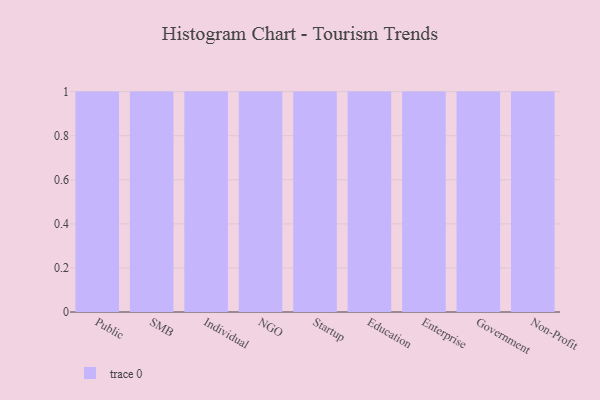
{"axis": {"x": "Segment", "y": "Production Output"}, "legend": [""], "data": [{"x": "Public", "y": 31, "type": ""}, {"x": "SMB", "y": 8, "type": ""}, {"x": "Individual", "y": 71, "type": ""}, {"x": "NGO", "y": 83, "type": ""}, {"x": "Startup", "y": 67, "type": ""}, {"x": "Education", "y": 22, "type": ""}, {"x": "Enterprise", "y": 30, "type": ""}, {"x": "Government", "y": 64, "type": ""}, {"x": "Non-Profit", "y": 62, "type": ""}]}